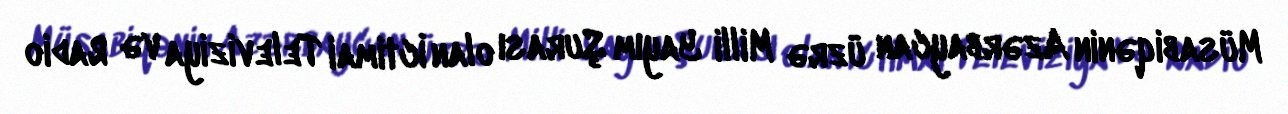
Müsabiqənin Azərbaycan üzrə Milli Yayım Şurası olan İctimai Televiziya və Radio